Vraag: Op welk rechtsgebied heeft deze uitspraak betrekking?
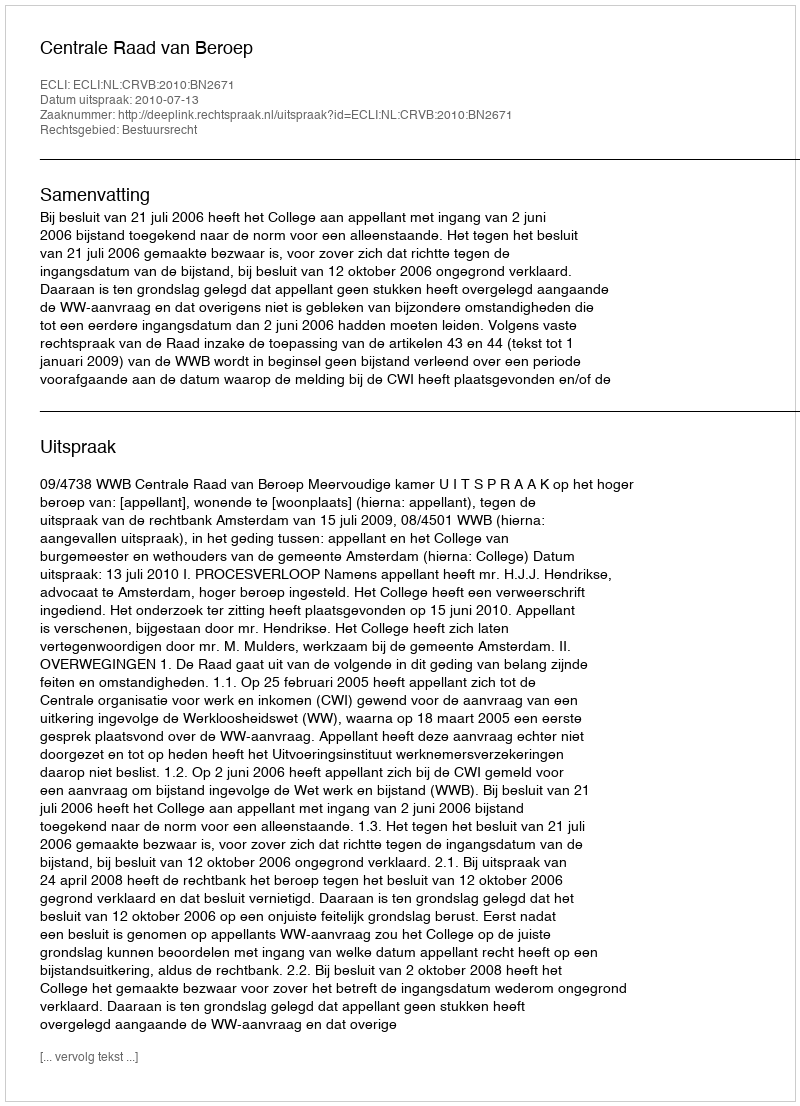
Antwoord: Bestuursrecht